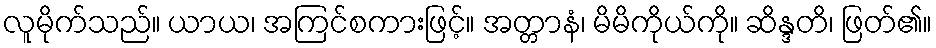
လူမိုက်သည်။ ယာယ၊ အကြင်စကားဖြင့်။ အတ္တာနံ၊ မိမိကိုယ်ကို။ ဆိန္ဒတိ၊ ဖြတ်၏။